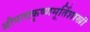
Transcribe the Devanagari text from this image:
श्रीपादकृष्णमूर्तिशास्त्री